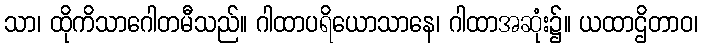
သာ၊ ထိုကိသာဂေါတမီသည်။ ဂါထာပရိယောသာနေ၊ ဂါထာအဆုံး၌။ ယထာဌိတာဝ၊